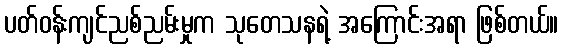
ပတ်ဝန်းကျင်ညစ်ညမ်းမှုက သုတေသနရဲ့ အကြောင်းအရာ ဖြစ်တယ်။